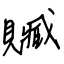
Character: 贓